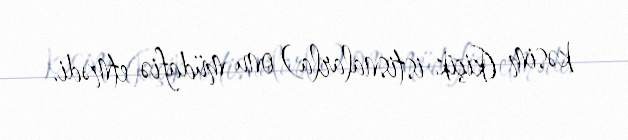
kəsim (kiçik istisnalarla) onu müdafiə etmədi.